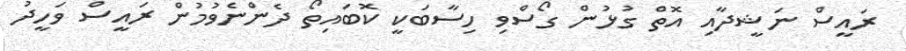
ރައީސް ނަޝީދާއި އޮތް ގުޅުން ގޯސްވި ހިސާބަކީ ކޮބައިތޯ ދެންނެވުމުން ރައީސް ވަހީދު